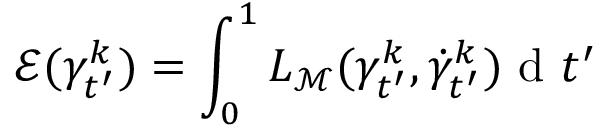
\mathcal { E } ( \gamma _ { t ^ { \prime } } ^ { k } ) = \int _ { 0 } ^ { 1 } L _ { { \mathcal { M } } } ( \gamma _ { t ^ { \prime } } ^ { k } , \dot { \gamma } _ { t ^ { \prime } } ^ { k } ) \mathrm { ~ d ~ } t ^ { \prime }